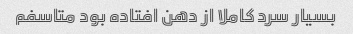
بسیار سرد کاملا از دهن افتاده بود متاسفم